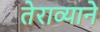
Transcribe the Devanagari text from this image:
तेराव्याने